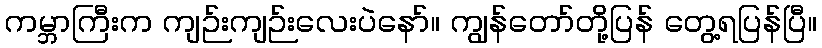
ကမ္ဘာကြီးက ကျဉ်းကျဉ်းလေးပဲနော်။ ကျွန်တော်တို့ပြန် တွေ့ရပြန်ပြီ။